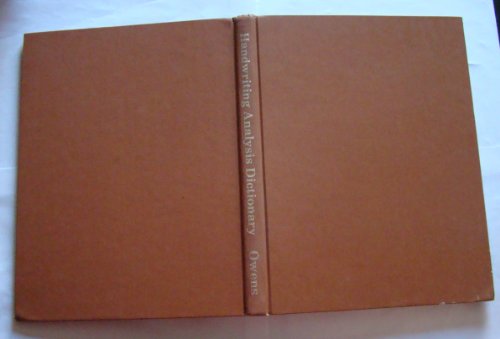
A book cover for Handwriting Analysis Dictionary: How to Identify and Rate the Intensity of Personality Traits That Can be Found in Handwriting; Lorraine Owens; Self-Help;